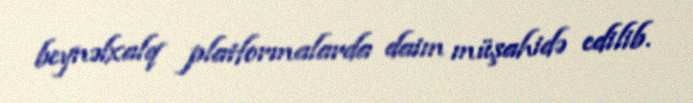
beynəlxalq platformalarda daim müşahidə edilib.